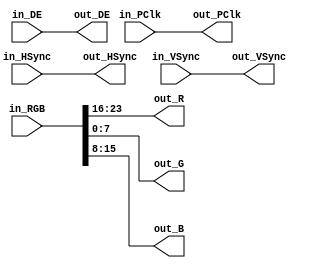
`timescale 1ns / 1ps
//////////////////////////////////////////////////////////////////////////////////
// Company: 
// Engineer: 
// 
// Design Name: 
// Module Name: RGB_unpack
// Project Name: 
// Target Devices: 
// Tool Versions: 
// Description: 
// 
// Dependencies: 
// 
// Revision:
// Revision 0.01 - File Created
// Additional Comments:
// 
//////////////////////////////////////////////////////////////////////////////////


module RGB_unpack(
	input [23:0]in_RGB,
	input in_HSync,
	input in_VSync,
	input in_DE,
	input in_PClk,
    
    output [7:0] out_R,
    output [7:0] out_G,
    output [7:0] out_B,
    output out_HSync,
    output out_VSync,
    output out_DE,
    output out_PClk
    );
    
	assign out_R = in_RGB[23:16];
	assign out_G = in_RGB[7:0];
	assign out_B = in_RGB[15:8];
	
	assign out_HSync = in_HSync;
	assign out_VSync = in_VSync;
	assign out_DE = in_DE;
	assign out_PClk = in_PClk;
    
endmodule